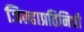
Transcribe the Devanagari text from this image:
जिल्हाप्रतिनिधी